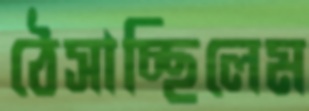
ঠেসাচ্ছিলেম